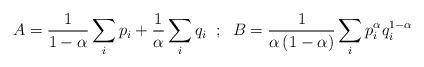
LaTeX: \begin{align*}A=\frac{1}{1-\alpha}\sum_{i} p_{i}+\frac{1}{\alpha}\sum_{i} q_{i}\;\;;\;\;B=\frac{1}{\alpha\left(1-\alpha\right)}\sum_{i}p^{\alpha}_{i}q^{1-\alpha}_{i}\end{align*}